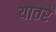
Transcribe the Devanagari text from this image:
यातरें